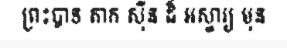
ព្រះបាទ តាក ស៊ីន ដ៏ អស្ចារ្យ មុន